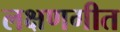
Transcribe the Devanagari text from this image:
लक्षणगीत